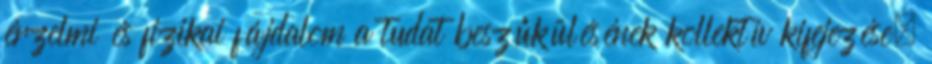
érzelmi és fizikai fájdalom a tudat beszűkülésének kollektív kifejezése,